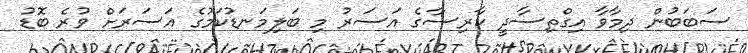
ސަބަބުން ދިމާވާ އިގްތިސާދީ ކާރިސާގެ އަސަރު މި ބަލިމަނޑުކަމުގެ އަސަރަށް ވުރެ ބޮޑު